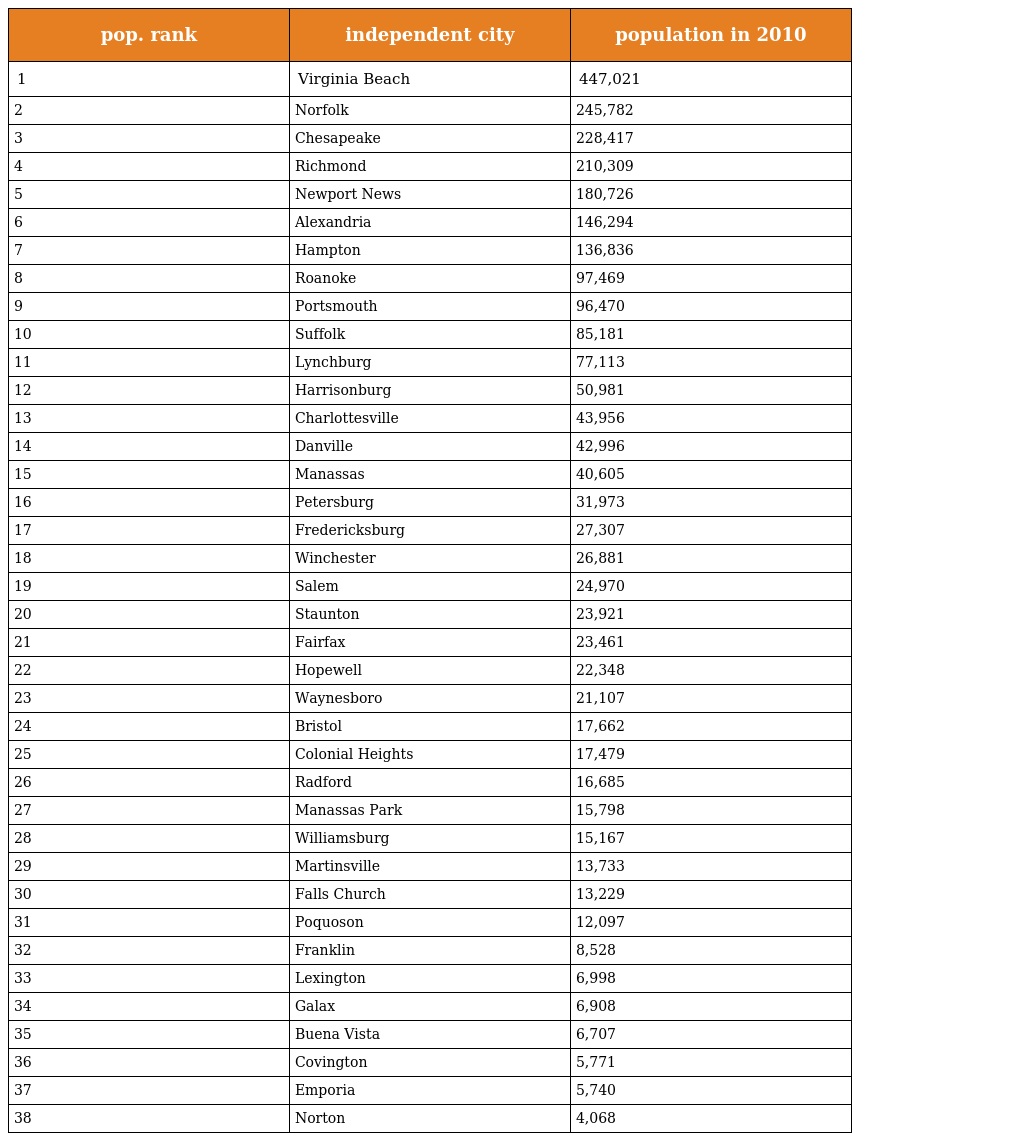
| pop. rank | independent city | population in 2010 |
 | --- | --- | --- |
 | 1 | Virginia Beach | 447,021 |
 | 2 | Norfolk | 245,782 |
 | 3 | Chesapeake | 228,417 |
 | 4 | Richmond | 210,309 |
 | 5 | Newport News | 180,726 |
 | 6 | Alexandria | 146,294 |
 | 7 | Hampton | 136,836 |
 | 8 | Roanoke | 97,469 |
 | 9 | Portsmouth | 96,470 |
 | 10 | Suffolk | 85,181 |
 | 11 | Lynchburg | 77,113 |
 | 12 | Harrisonburg | 50,981 |
 | 13 | Charlottesville | 43,956 |
 | 14 | Danville | 42,996 |
 | 15 | Manassas | 40,605 |
 | 16 | Petersburg | 31,973 |
 | 17 | Fredericksburg | 27,307 |
 | 18 | Winchester | 26,881 |
 | 19 | Salem | 24,970 |
 | 20 | Staunton | 23,921 |
 | 21 | Fairfax | 23,461 |
 | 22 | Hopewell | 22,348 |
 | 23 | Waynesboro | 21,107 |
 | 24 | Bristol | 17,662 |
 | 25 | Colonial Heights | 17,479 |
 | 26 | Radford | 16,685 |
 | 27 | Manassas Park | 15,798 |
 | 28 | Williamsburg | 15,167 |
 | 29 | Martinsville | 13,733 |
 | 30 | Falls Church | 13,229 |
 | 31 | Poquoson | 12,097 |
 | 32 | Franklin | 8,528 |
 | 33 | Lexington | 6,998 |
 | 34 | Galax | 6,908 |
 | 35 | Buena Vista | 6,707 |
 | 36 | Covington | 5,771 |
 | 37 | Emporia | 5,740 |
 | 38 | Norton | 4,068 |